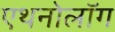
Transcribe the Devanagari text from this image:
एथनोलॉग